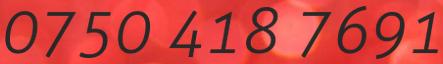
0750 418 7691